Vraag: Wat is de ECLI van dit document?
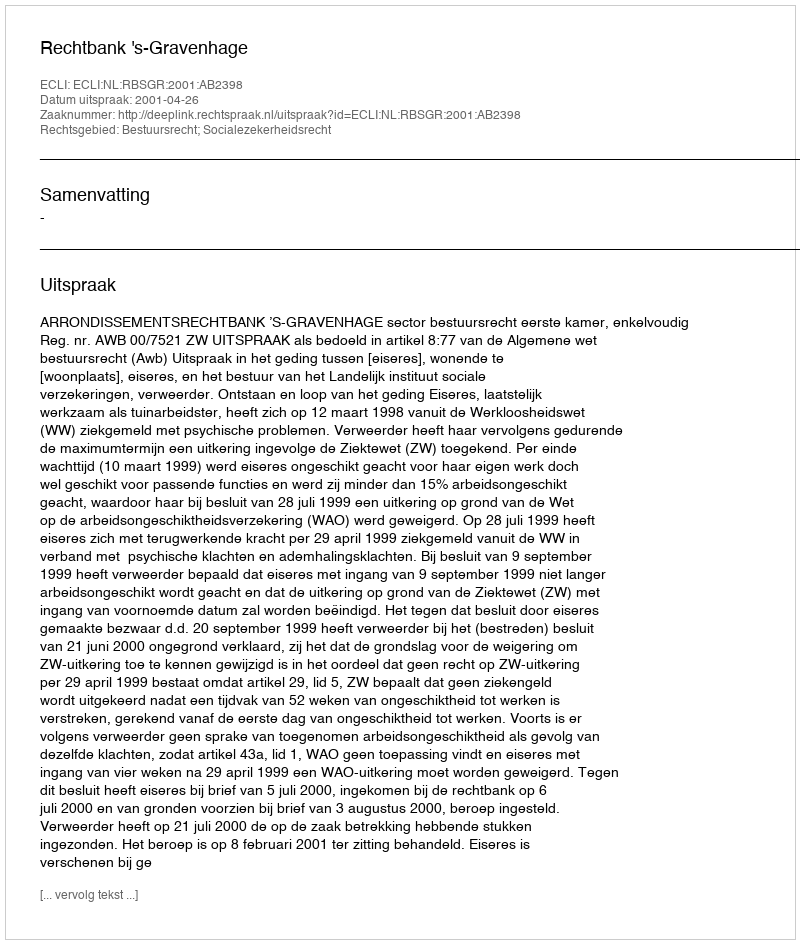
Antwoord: ECLI:NL:RBSGR:2001:AB2398